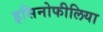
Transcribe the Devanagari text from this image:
इसिनोफीलिया